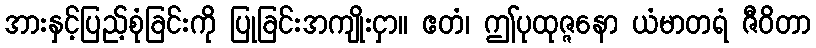
အားနှင့်ပြည့်စုံခြင်းကို ပြုခြင်းအကျိုးငှာ။ ဧတံ၊ ဤပုထုဇ္ဇနော ယံမာတရံ ဇီဝိတာ